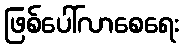
ဖြစ်ပေါ်လာစေရေး